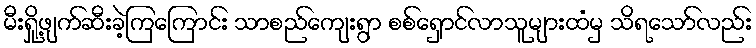
မီးရှို့ဖျက်ဆီးခဲ့ကြကြောင်း သာစည်ကျေးရွာ စစ်ရှောင်လာသူများထံမှ သိရသော်လည်း